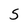
Character: 5